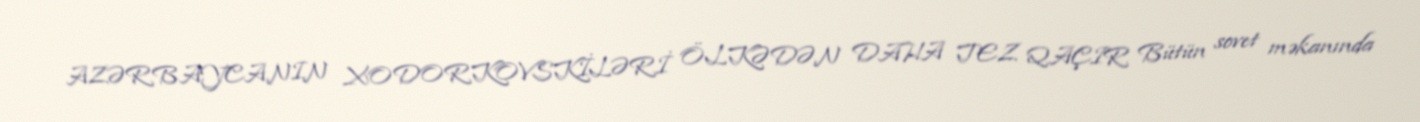
AZƏRBAYCANIN XODORKOVSKİLƏRİ ÖLKƏDƏN DAHA TEZ QAÇIR Bütün sovet məkanında